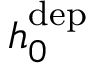
h _ { 0 } ^ { \mathrm { d e p } }